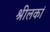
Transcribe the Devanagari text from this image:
श्रीलकां